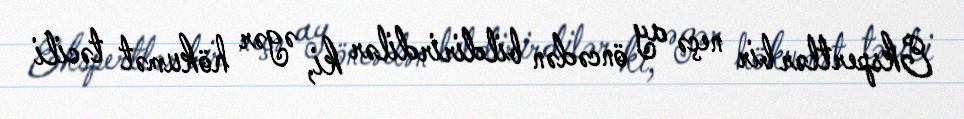
Ekspertlər bir neçə ay öncədən bildirirdilər ki, əgər hökumət təcili